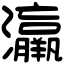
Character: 𤅀